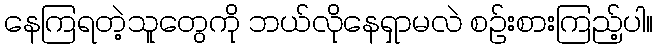
နေကြရတဲ့သူတွေကို ဘယ်လိုနေရှာမလဲ စဉ်းစားကြည့်ပါ။